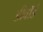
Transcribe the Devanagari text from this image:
डीवॉर्ड